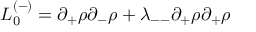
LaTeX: { \cal L } _ { 0 } ^ { ( - ) } = \partial _ { + } \rho \partial _ { - } \rho + \lambda _ { -- } \partial _ { + } \rho \partial _ { + } \rho